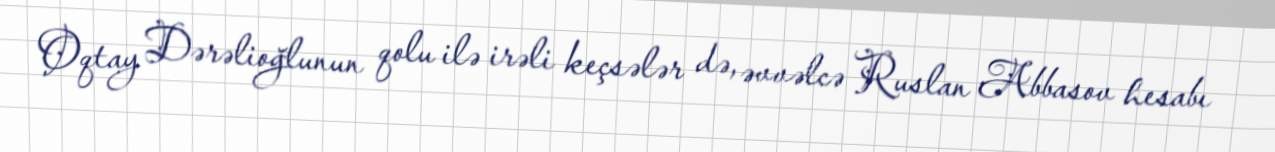
Oqtay Dərəlioğlunun qolu ilə irəli keçsələr də, əvvəlcə Ruslan Abbasov hesabı